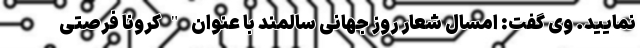
نمایید. وی گفت: امسال شعار روز جهانی سالمند با عنوان "کرونا فرصتی